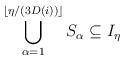
LaTeX: \begin{align*} \bigcup_{\alpha = 1}^{ \lfloor \eta/(3D(i))\rfloor} S_\alpha \subseteq I_\eta \end{align*}